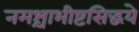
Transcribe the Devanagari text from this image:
नमश्चाभीष्टसिद्धये